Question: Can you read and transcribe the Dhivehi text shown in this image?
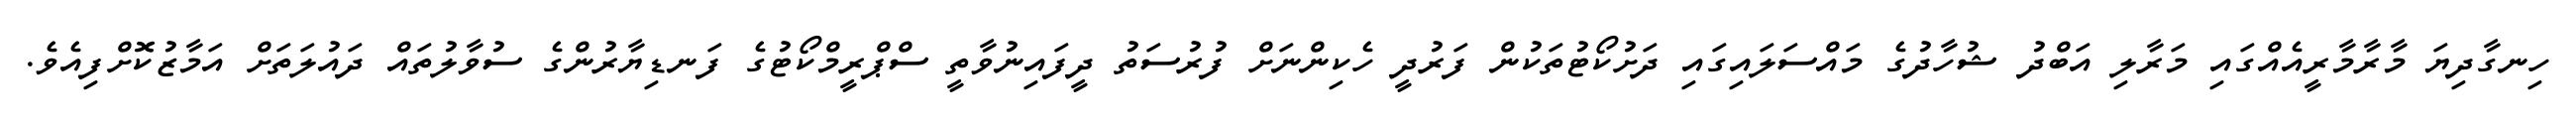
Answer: ހިނގާދިޔަ މާރާމާރީއެއްގައި މަރާލި އަބްދު ޝުހާދުގެ މައްސަލައިގައި ދަށުކޯޓުތަކުން ފަރުދީ ހެކިންނަށް ފުރުސަތު ދީފައިނުވާތީ ސްޕްރީމްކޯޓުގެ ފަނޑިޔާރުންގެ ސުވާލުތައް ދައުލަތަށް އަމާޒުކޮށްފިއެވެ.